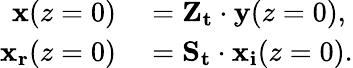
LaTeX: \begin{array}{rl}{\mathbf{x}(z=0)}&{{}=\mathbf{Z_{t}}\cdot\mathbf{y}(z=0),}\\ {\mathbf{x_{r}}(z=0)}&{{}=\mathbf{S_{t}}\cdot\mathbf{x_{i}}(z=0).}\end{array}